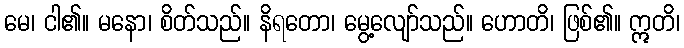
မေ၊ ငါ၏။ မနော၊ စိတ်သည်။ နိရတော၊ မွေ့လျော်သည်။ ဟောတိ၊ ဖြစ်၏။ ဣတိ၊